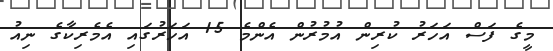
މީގެ ފަސް އަހަރު ކުރިން އުމުރުން އެންމެ 15 އަހަރުގައި އެމެރިކާގެ ނިއު